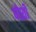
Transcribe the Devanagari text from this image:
पोर्शी